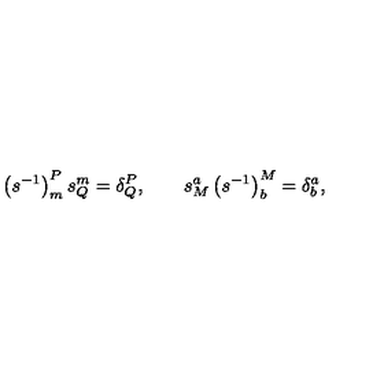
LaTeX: \left( s ^ { - 1 } \right) _ { m } ^ { P } s _ { Q } ^ { m } = \delta _ { Q } ^ { P } , \qquad s _ { M } ^ { a } \left( s ^ { - 1 } \right) _ { b } ^ { M } = \delta _ { b } ^ { a } ,